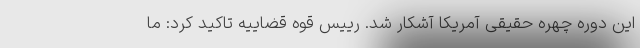
این دوره چهره حقیقی آمریکا آشکار شد. رییس قوه قضاییه تاکید کرد: ما